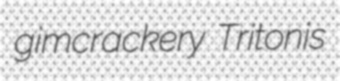
gimcrackery Tritonis